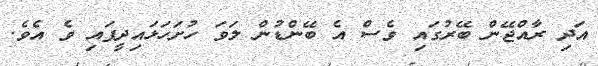
އަދި ރާއްޖޭން ބޭރުގައި ވެސް އެ ބޭންޑުން ލަވަ ހުށަހަޅައިދީފައި ވެ އެވެ.